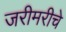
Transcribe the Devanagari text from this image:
जरीमरीचे